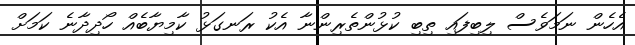
އެހެން ނަމަވެސް ލިބިފައި ތިބި ކުޅުންތެރިންނާ އެކު ރަނގަޅު ކާމިޔާބެއް ހޯދިދާނެ ކަމަށް